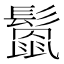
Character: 𩮻